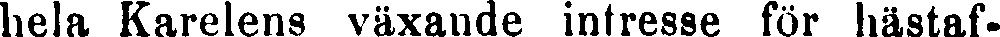
hela Karelens växande intresse för hästaf-